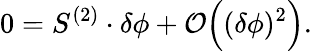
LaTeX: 0=S^{(2)}\cdot\delta\phi+{\mathcal O}\Bigl((\delta\phi)^{2}\Bigr).